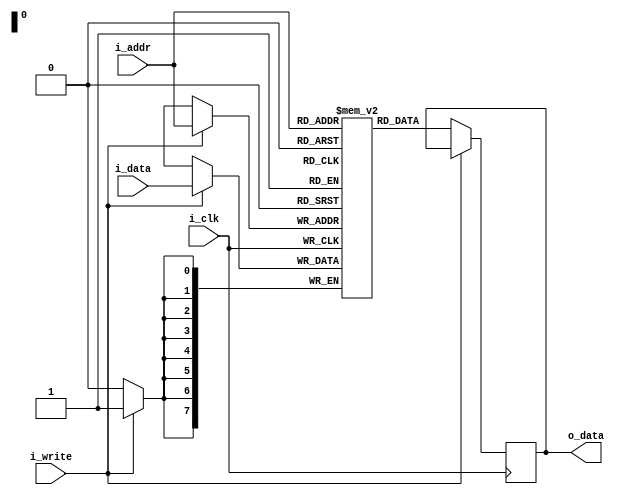
`timescale 1ns / 1ps
//////////////////////////////////////////////////////////////////////////////////
// Company: 
// Engineer: 
// 
// Design Name: 
// Module Name: sram
// Project Name: 
// Target Devices: 
// Tool Versions: 
// Description: 
// 
// Dependencies: 
// 
// Revision:
// Revision 0.01 - File Created
// Additional Comments:
// 
//////////////////////////////////////////////////////////////////////////////////


`default_nettype none

module sram #(parameter ADDR_WIDTH=8, DATA_WIDTH=8, DEPTH=256, MEMFILE="") (
    input wire i_clk,
    input wire [ADDR_WIDTH-1:0] i_addr, 
    input wire i_write,
    input wire [DATA_WIDTH-1:0] i_data,
    output reg [DATA_WIDTH-1:0] o_data 
    );

    reg [DATA_WIDTH-1:0] memory_array [0:DEPTH-1]; 

    initial begin
        if (MEMFILE > 0)
        begin
            $display("Loading memory init file '" + MEMFILE + "' into array.");
            $readmemh(MEMFILE, memory_array);
        end
    end

    always @ (posedge i_clk)
    begin
        if(i_write) begin
            memory_array[i_addr] <= i_data;
        end
        else begin
            o_data <= memory_array[i_addr];
        end     
    end
endmodule